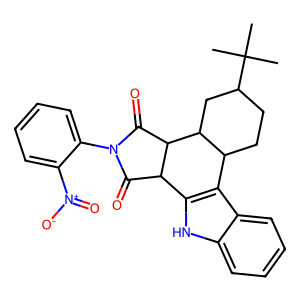
SMILES: CC(C)(C)C1CCC2c3c([nH]c4ccccc34)C3C(=O)N(c4ccccc4[N+](=O)[O-])C(=O)C3C2C1
Inhibits HIV replication: No